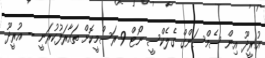
އުރީދޫ އިން ސެމްސަންގް ގެލެކްސީ ނޯޓް 9 ރަސްމީކޮށް ތައާރަފުކުރަނީ -- އުރީދޫ